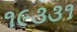
૧૯૩૩૧